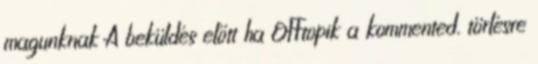
magunknak A beküldés előtt ha OFFtopik a kommented, törlésre